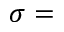
\sigma =